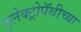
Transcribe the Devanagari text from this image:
इलेक्ट्रोपॅथीच्या